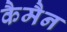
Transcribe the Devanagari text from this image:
कैमैन